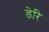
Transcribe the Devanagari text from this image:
डेरि